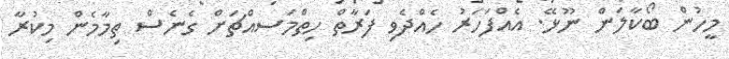
މީހުން ބޯކާލަން ނޫޅޭ. އެއްފަހަރު ހެއްދެވި ފަރާތް ހިތްމަސއްޗަށް ގެނެސް ތިމާމެން މިކުރާ